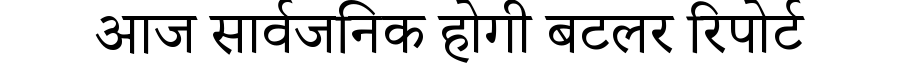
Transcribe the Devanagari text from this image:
आज सार्वजनिक होगी बटलर रिपोर्ट